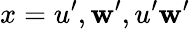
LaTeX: x=u^{\prime},\mathbf{w}^{\prime},u^{\prime}\mathbf{w}^{\prime}